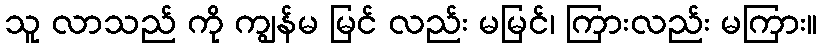
သူ လာသည် ကို ကျွန်မ မြင် လည်း မမြင်၊ ကြားလည်း မကြား။